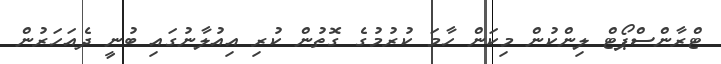
ޓްރާންސްޕޯޓް ލިންކުން މިކަން ހާމަ ކުރުމުގެ ގޮތުން ކުރި އިއުލާނުގައި ބުނީ ދެއަހަރުން